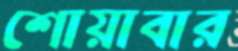
শোয়াবার